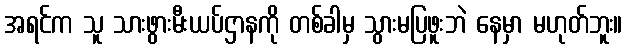
အရင်က သူ သားဖွားမီးယပ်ဌာနကို တစ်ခါမှ သွားမပြဖူးဘဲ နေမှာ မဟုတ်ဘူး။